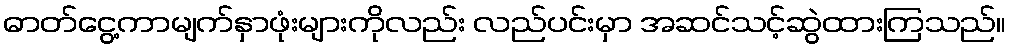
ဓာတ်ငွေ့ကာမျက်နှာဖုံးများကိုလည်း လည်ပင်းမှာ အဆင်သင့်ဆွဲထားကြသည်။